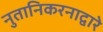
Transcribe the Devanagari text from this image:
नुतानिकरनाद्वारे